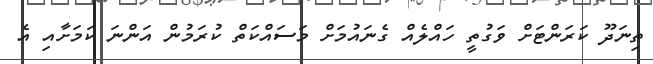
ތިނަދޫ ކަރަންޓަށް ވަގުތީ ހައްލެއް ގެނައުމަށް މަސައްކަތް ކުރަމުން އަންނަ ކަމަށާއި އެ